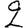
Digit: 2